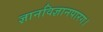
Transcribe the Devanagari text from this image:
ज्ञानविज्ञानपारग।